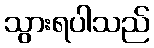
သွားရပါသည်